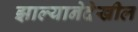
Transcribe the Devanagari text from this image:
झाल्यानेदेखील